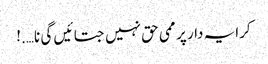
کرایہ دار پر ممی حق نہیں جتائیں گی نا….!